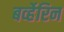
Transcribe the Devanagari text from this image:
बर्व्हेरिन